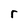
Character: r